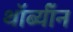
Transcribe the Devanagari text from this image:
थॉर्ब्यॉन